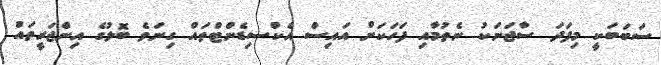
ސަބަބަކީ މިފަދަ ސާޖަނަކު ނެތުމާއި ފަހަކަށް އައިސް އެކްސިޑެންޓްތައް ގިނަވެ ބޮލުގެ އިންޖަރީތައް